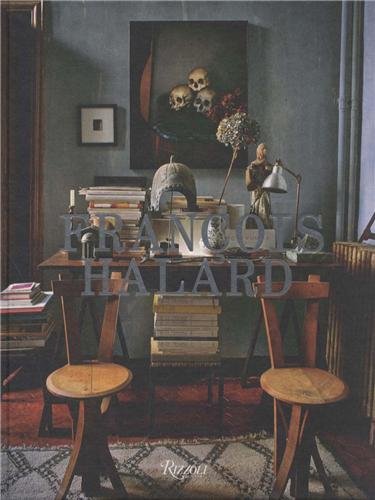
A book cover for Francois Halard; Francois Halard; Arts & Photography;